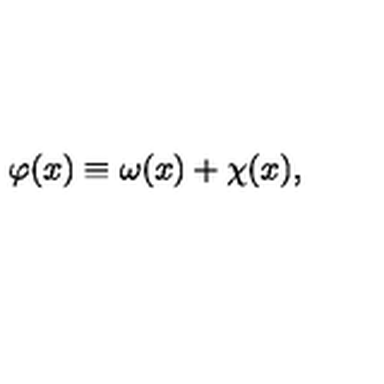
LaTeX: \varphi ( x ) \equiv \omega ( x ) + \chi ( x ) ,